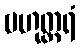
ဗဟုတ္တရံ